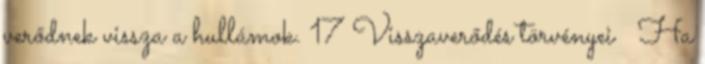
verődnek vissza a hullámok. 17 Visszaverődés törvényei  Ha